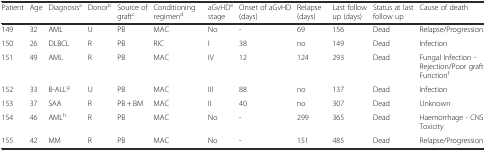
<table><thead><tr><td><b>Patient</b></td><td><b>Age</b></td><td><b>Diagnosis<sup>a</sup></b></td><td><b>Donor<sup>b</sup></b></td><td><b>Source of graft<sup>c</sup></b></td><td><b>Conditioning regimen<sup>d</sup></b></td><td><b>aGvHD<sup>e</sup> stage</b></td><td><b>Onset of aGvHD (days)</b></td><td><b>Relapse (days)</b></td><td><b>Last follow up (days)</b></td><td><b>Status at last follow up</b></td><td><b>Cause of death</b></td></tr></thead><tbody><tr><td>149</td><td>32</td><td>AML</td><td>U</td><td>PB</td><td>MAC</td><td>No</td><td>-</td><td>69</td><td>156</td><td>Dead</td><td>Relapse/Progression</td></tr><tr><td>150</td><td>26</td><td>DLBCL</td><td>R</td><td>PB</td><td>RIC</td><td>I</td><td>38</td><td>no</td><td>149</td><td>Dead</td><td>Infection</td></tr><tr><td>151</td><td>49</td><td>AML</td><td>R</td><td>PB</td><td>MAC</td><td>IV</td><td>12</td><td>124</td><td>293</td><td>Dead</td><td>Fungal Infection - Rejection/Poor graft Function<sup>f</sup></td></tr><tr><td>152</td><td>33</td><td>B-ALL<sup>g</sup></td><td>U</td><td>PB</td><td>MAC</td><td>III</td><td>88</td><td>no</td><td>137</td><td>Dead</td><td>Infection</td></tr><tr><td>153</td><td>37</td><td>SAA</td><td>R</td><td>PB + BM</td><td>MAC</td><td>II</td><td>40</td><td>no</td><td>307</td><td>Dead</td><td>Unknown</td></tr><tr><td>154</td><td>46</td><td>AML<sup>h</sup></td><td>R</td><td>PB</td><td>MAC</td><td>No</td><td>-</td><td>299</td><td>365</td><td>Dead</td><td>Haemorrhage - CNS Toxicity</td></tr><tr><td>155</td><td>42</td><td>MM</td><td>R</td><td>PB</td><td>MAC</td><td>No</td><td>-</td><td>151</td><td>485</td><td>Dead</td><td>Relapse/Progression</td></tr></tbody></table>